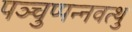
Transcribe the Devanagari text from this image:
पञ्चुप्पन्नवत्थु